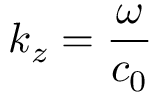
k _ { z } = \frac { \omega } { c _ { 0 } }